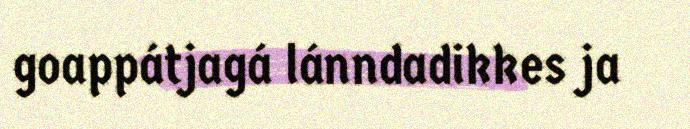
goappátjagá lánndadikkes ja